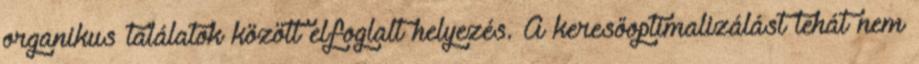
organikus találatok között elfoglalt helyezés. A keresőoptimalizálást tehát nem